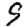
Digit: 9